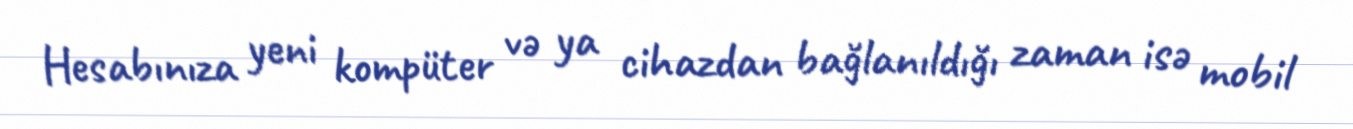
Hesabınıza yeni kompüter və ya cihazdan bağlanıldığı zaman isə mobil